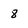
Character: 8